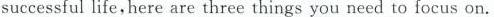
successful life,here are three things you need to focus on.